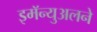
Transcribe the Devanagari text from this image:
इमॅन्युअलने